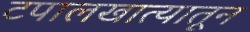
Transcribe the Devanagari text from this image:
टपालखात्यातून